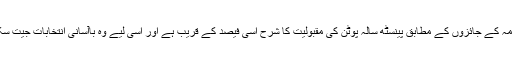
رائے عامہ کے جائزوں کے مطابق پینسٹھ سالہ پوٹن کی مقبولیت کا شرح اسی فیصد کے قریب ہے اور اسی لیے وہ باآسانی انتخابات جیت سکتے ہیں۔